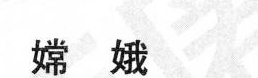
嫦娥